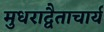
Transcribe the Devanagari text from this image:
मुधराद्वैताचार्य